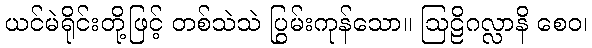
ယင်မဲရိုင်းတို့ဖြင့် တစ်သဲသဲ ပြွမ်းကုန်သော။ ဩဠိဂလ္လာနိ စေဝ၊